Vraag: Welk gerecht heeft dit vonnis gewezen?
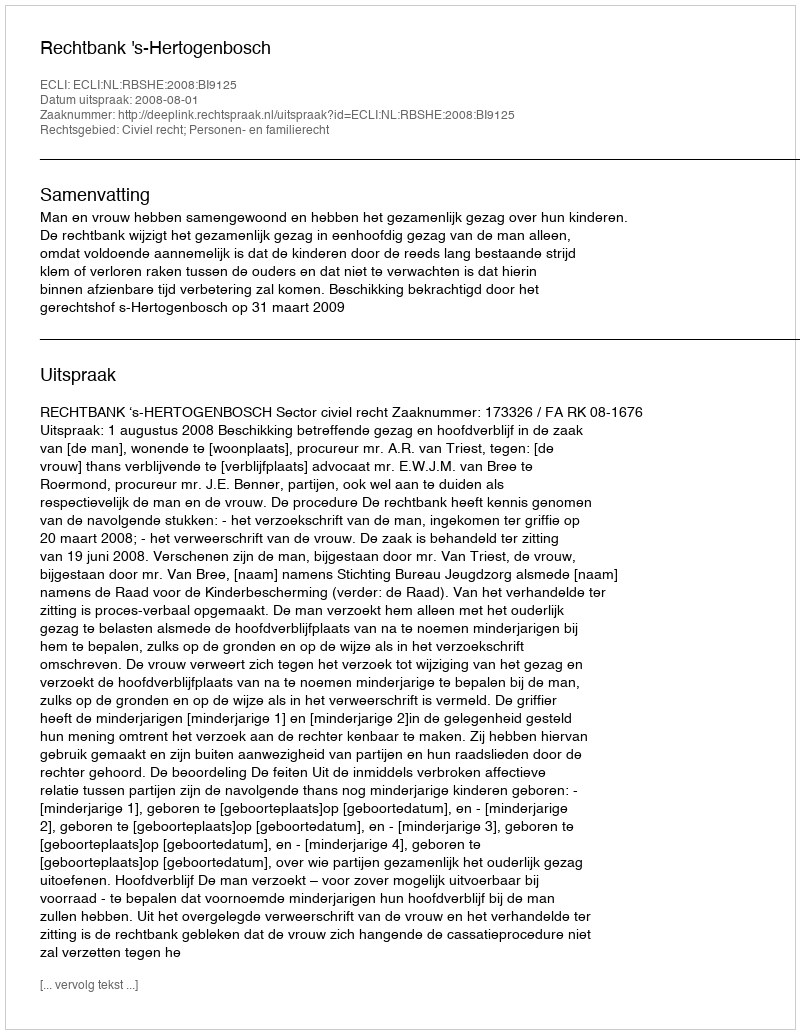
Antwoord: Rechtbank 's-Hertogenbosch